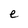
Character: e